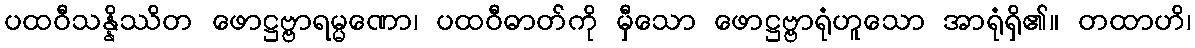
ပထဝီသန္နိဿိတ ဖောဋ္ဌဗ္ဗာရမ္မဏော၊ ပထဝီဓာတ်ကို မှီသော ဖောဋ္ဌဗ္ဗာရုံဟူသော အာရုံရှိ၏။ တထာဟိ၊